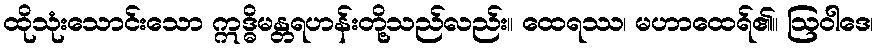
ထိုသုံးသောင်းသော ဣဒ္ဓိမန္တရဟန်းတို့သည်လည်း။ ထေရဿ၊ မဟာထေရ်၏။ ဩဝါဒေ၊